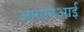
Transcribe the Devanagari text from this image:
आरएमआई